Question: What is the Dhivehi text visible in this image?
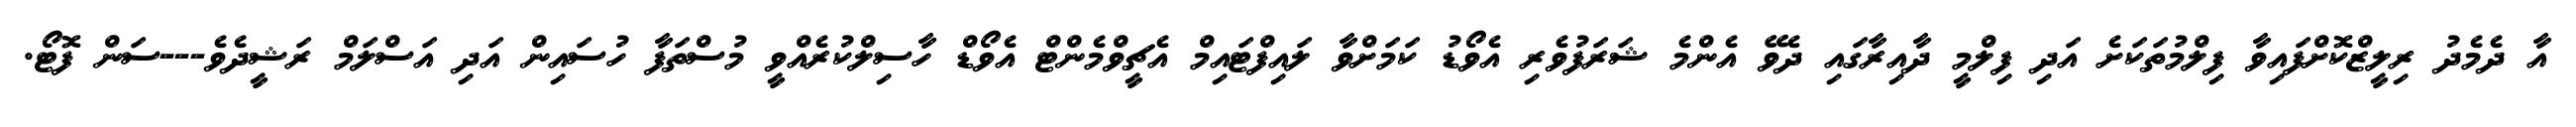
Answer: އާ ދެމެދު ރިލީޒްކޮށްފައިވާ ފިލްމުތަކަށެ އަދި ފިލްމީ ދާއިރާގައި ދެވޭ އެންމެ ޝަރަފުވެރި އެވޯޑު ކަމަށްވާ ލައިފްޓައިމް އެޗީވްމެންޓް އެވޯޑް ހާސިލްކުރެއްވީ މުސްތަފާ ހުސައިން އަދި އަސްލަމް ރަޝީދެވެ---ސަން ފޮޓޯ.